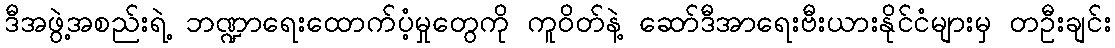
ဒီအဖွဲ့အစည်းရဲ့ ဘဏ္ဍာရေးထောက်ပံ့မှုတွေကို ကူဝိတ်နဲ့ ဆော်ဒီအာရေးဗီးယားနိုင်ငံများမှ တဦးချင်း